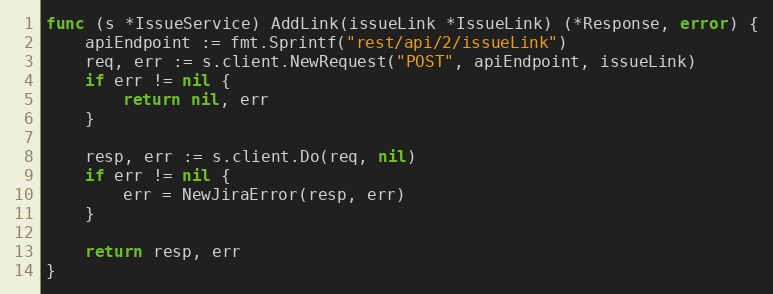
Language: Go
func (s *IssueService) AddLink(issueLink *IssueLink) (*Response, error) {
	apiEndpoint := fmt.Sprintf("rest/api/2/issueLink")
	req, err := s.client.NewRequest("POST", apiEndpoint, issueLink)
	if err != nil {
		return nil, err
	}

	resp, err := s.client.Do(req, nil)
	if err != nil {
		err = NewJiraError(resp, err)
	}

	return resp, err
}